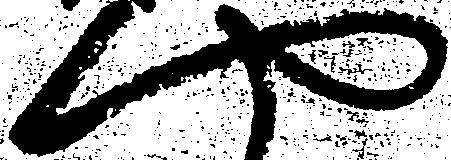
や